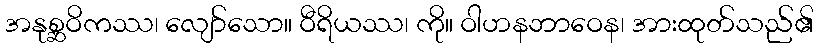
အနုစ္ဆဝိကဿ၊ လျော်သော။ ဝီရိယဿ၊ ကို။ ဝါဟနဘာဝေန၊ အားထုတ်သည်၏